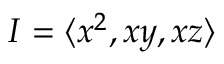
I = \langle x ^ { 2 } , x y , x z \rangle